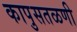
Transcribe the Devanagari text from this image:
कापुसतळणी